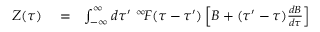
\begin{array} { r l r } { Z ( \tau ) } & { { } = } & { \int _ { - \infty } ^ { \infty } d \tau ^ { \prime } \, \, ^ { \infty } \! F ( \tau - \tau ^ { \prime } ) \left[ B + ( \tau ^ { \prime } - \tau ) \frac { d B } { d \tau } \right] } \end{array}